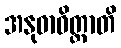
အနုဓာဝိတ္ထာတိ